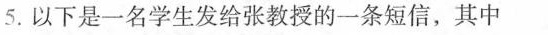
5. 以下是一名学生发给张教授的一条短信，其中